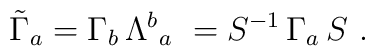
\tilde \Gamma_a= \Gamma_b\, \Lambda^b{}_a\ =S^{-1}\, \Gamma_a\, S\ .